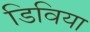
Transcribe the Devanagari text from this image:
डिविया